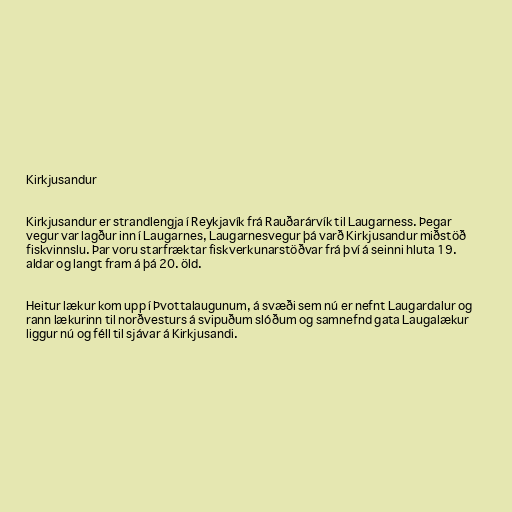
Kirkjusandur

Kirkjusandur er strandlengja í Reykjavík frá Rauðarárvík til Laugarness. Þegar
vegur var lagður inn í Laugarnes, Laugarnesvegur þá varð Kirkjusandur miðstöð
fiskvinnslu. Þar voru starfræktar fiskverkunarstöðvar frá því á seinni hluta 19.
aldar og langt fram á þá 20. öld.

Heitur lækur kom upp í Þvottalaugunum, á svæði sem nú er nefnt Laugardalur og
rann lækurinn til norðvesturs á svipuðum slóðum og samnefnd gata Laugalækur
liggur nú og féll til sjávar á Kirkjusandi.